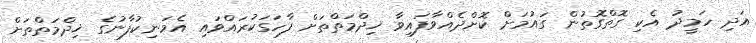
އަދި ހަމީދު އެކި ގޮތްގޮތުން ގައުމަށް ކޮށްދެއްވާފައިވާ ޚިދްމަތްތަށް ފާހަގަކުރައްވައި އެމަނިކުފާނުގެ ޚިދްމަތްތަށް